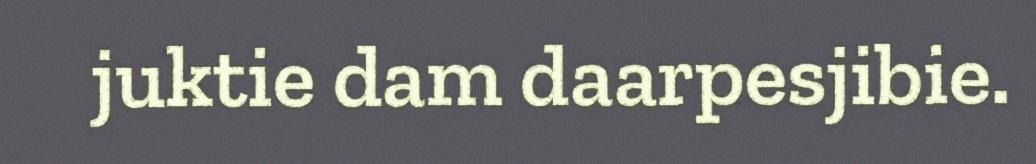
juktie dam daarpesjibie.